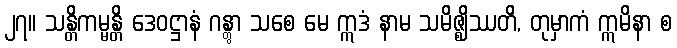
၂၇။ သန္တိကမ္မန္တိ ဒေဝဋ္ဌာနံ ဂန္တွာ သစေ မေ ဣဒံ နာမ သမိဇ္ဈိဿတိ, တုမှာကံ ဣမိနာ စ